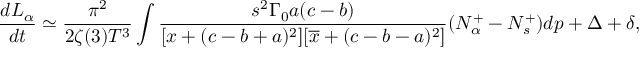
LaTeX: \frac { d L _ { \alpha } } { d t } \simeq \frac { \pi ^ { 2 } } { 2 \zeta ( 3 ) T ^ { 3 } } \int \frac { s ^ { 2 } \Gamma _ { 0 } a ( c - b ) } { [ x + ( c - b + a ) ^ { 2 } ] [ \overline { { { x } } } + ( c - b - a ) ^ { 2 } ] } ( N _ { \alpha } ^ { + } - N _ { s } ^ { + } ) d p + \Delta + \delta ,